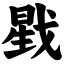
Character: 戥